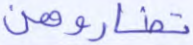
تضاروهن